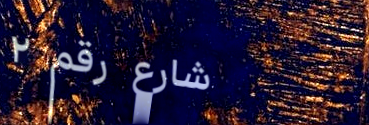
شارع رقم ٢